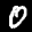
Digit: 0